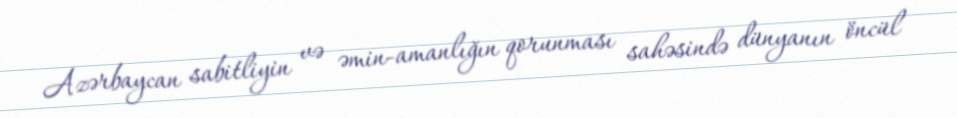
Azərbaycan sabitliyin və əmin-amanlığın qorunması sahəsində dünyanın öncül